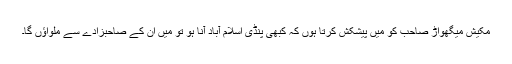
مکیش میگھواڑ صاحب کو میں پیشکش کرتا ہوں کہ کبھی پنڈی اسلام آباد آنا ہو تو میں ان کے صاحبزادے سے ملواؤں گا۔